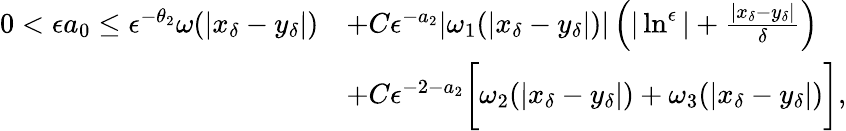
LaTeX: \begin{array}{rl}{0<\epsilon a_{0}\leq\epsilon^{-\theta_{2}}\omega(|x_{\delta}-y_{\delta}|)}&{+C\epsilon^{-a_{2}}|\omega_{1}(|x_{\delta}-y_{\delta}|)|\left(|\ln^{\epsilon}|+\frac{|x_{\delta}-y_{\delta}|}{\delta}\right)}\\ &{+C\epsilon^{-2-a_{2}}\bigg[\omega_{2}(|x_{\delta}-y_{\delta}|)+\omega_{3}(|x_{\delta}-y_{\delta}|)\bigg],}\end{array}